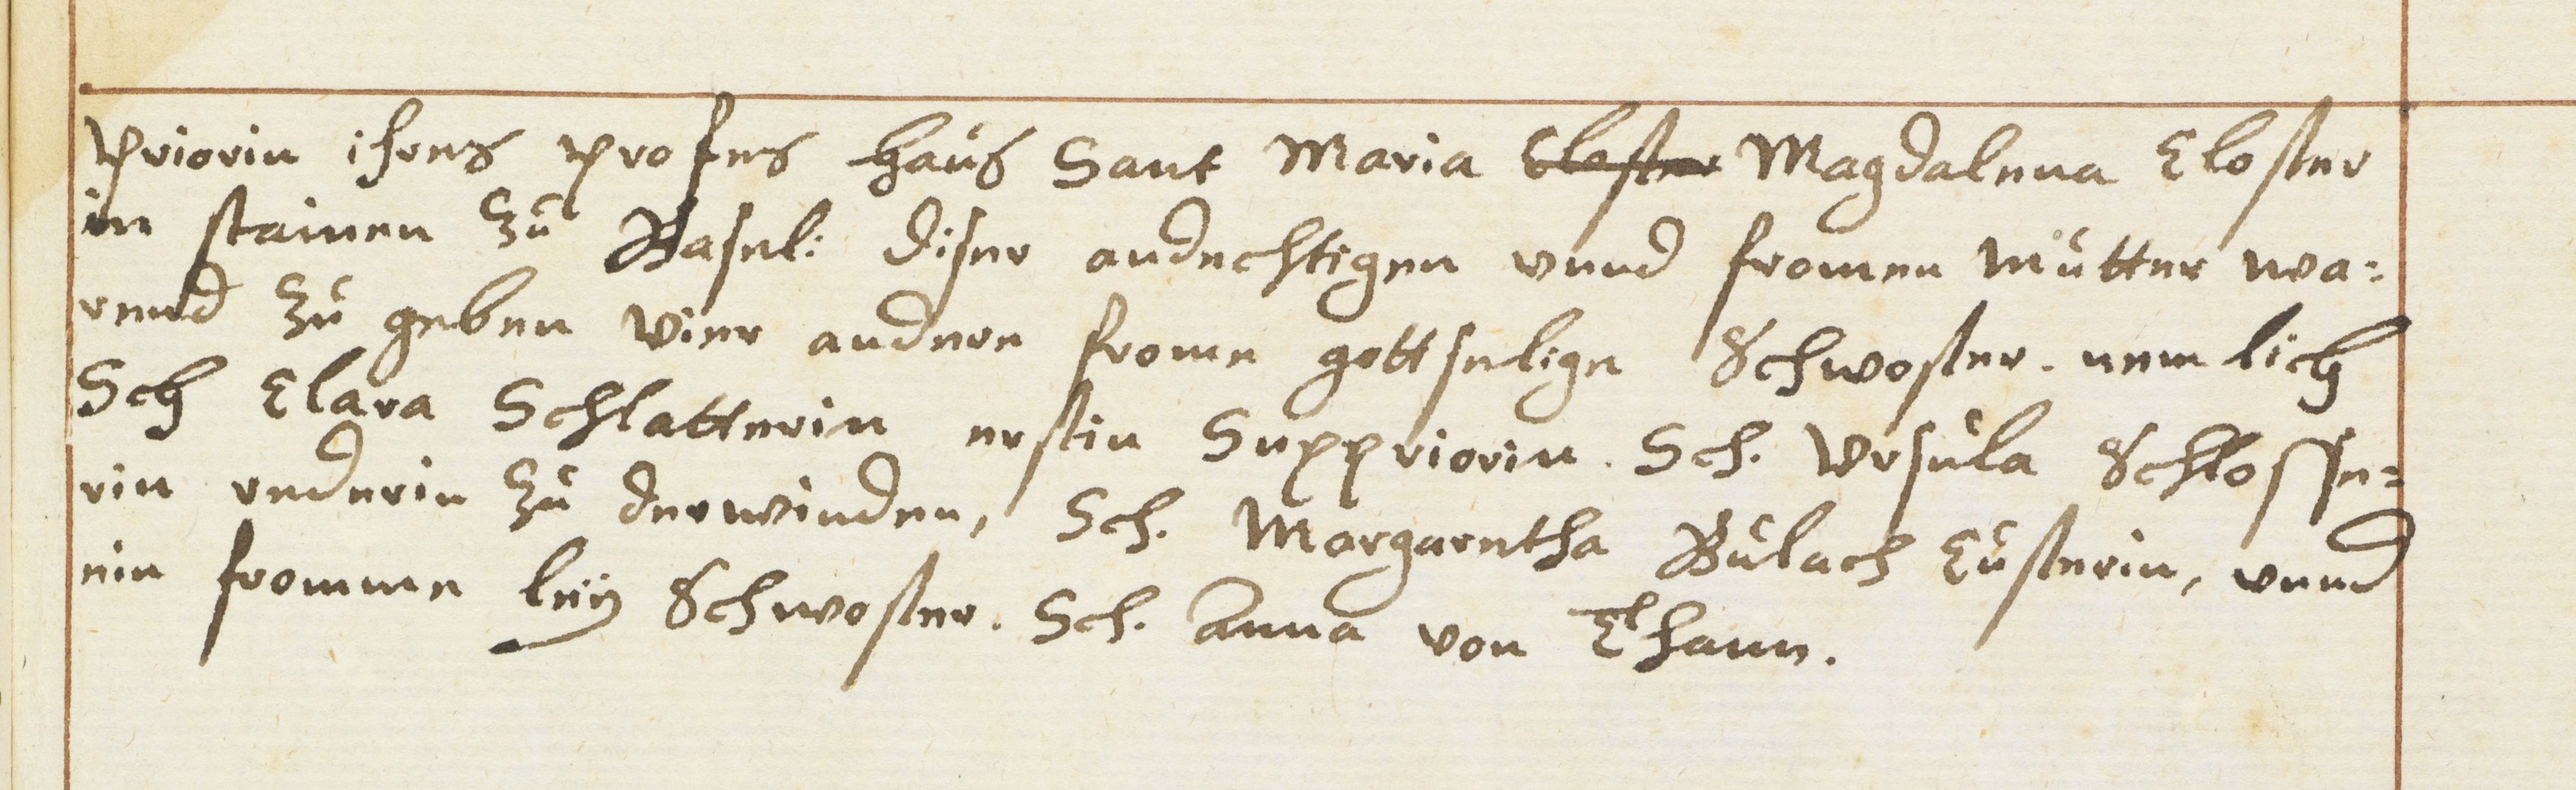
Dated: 1614–1638